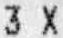
3 X